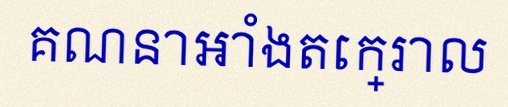
គណនាអាំងតេក្រាល